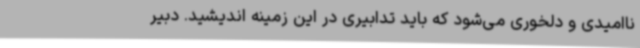
ناامیدی و دلخوری می‌شود که باید تدابیری در این زمینه اندیشید. دبیر